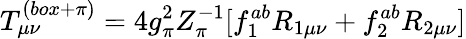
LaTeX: T_{\mu\nu}^{(box+\pi)}=4g_{\pi}^{2}Z_{\pi}^{-1}[f_{1}^{ab}R_{1\mu\nu}+f_{2}^{ab}R_{2\mu\nu}]